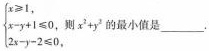
$$\begin {cases}